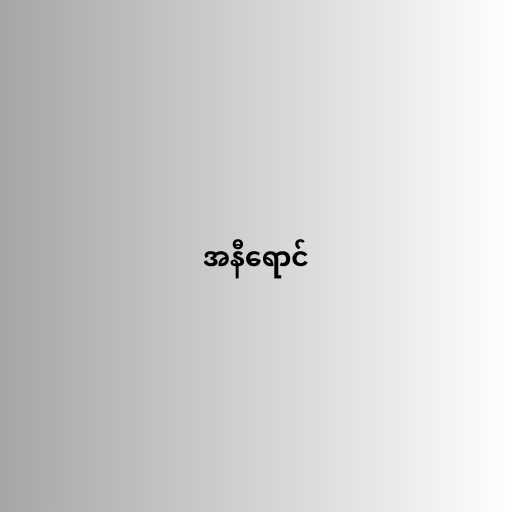
အနီရောင်